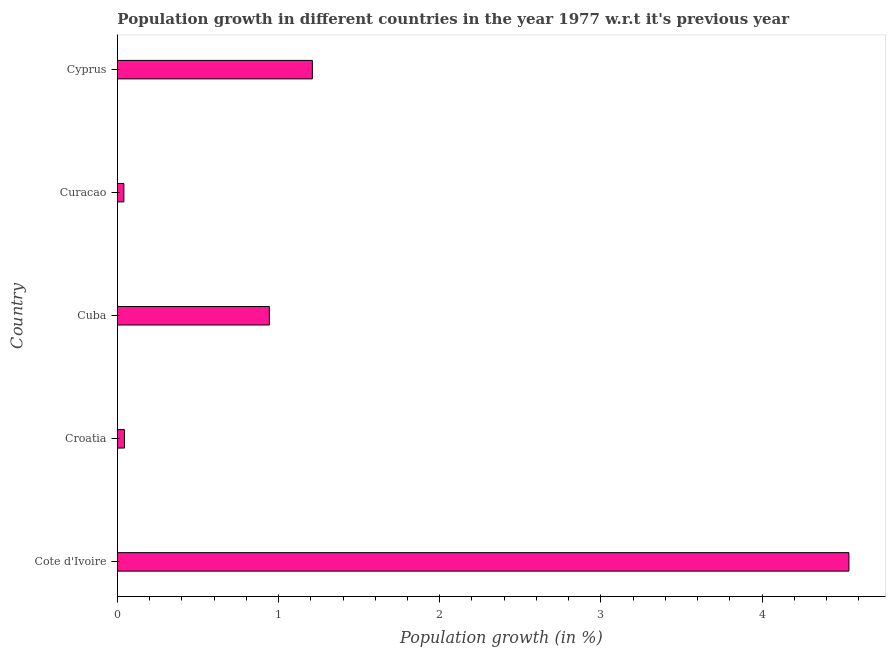
| Country | Population growth |
 | --- | --- |
 | Cote d'Ivoire | 4.54 |
 | Croatia | 0.0441 |
 | Cuba | 0.943 |
 | Curacao | 0.0402 |
 | Cyprus | 1.21 |